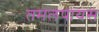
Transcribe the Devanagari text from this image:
तमलपायस